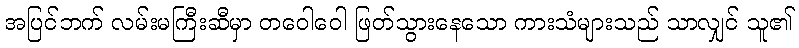
အပြင်ဘက် လမ်းမကြီးဆီမှာ တဝေါဝေါ ဖြတ်သွားနေသော ကားသံများသည် သာလျှင် သူ၏